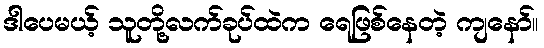
ဒါပေမယ့် သူတို့လက်ခုပ်ထဲက ရေဖြစ်နေတဲ့ ကျနော်။